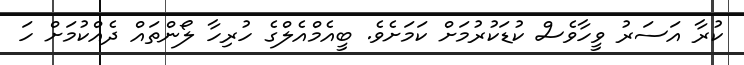
ކުރާ އަސަރު ވީހާވެސް ކުޑަކުރުމަށް ކަމަށެވެ. ބީއެމްއެލްގެ ހުރިހާ ލޯންތައް ދެއްކުމަށް ހަ